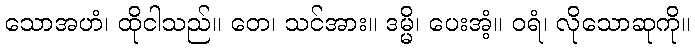
သောအဟံ၊ ထိုငါသည်။ တေ၊ သင်အား။ ဒမ္မိ၊ ပေးအံ့။ ဝရံ၊ လိုသောဆုကို။